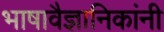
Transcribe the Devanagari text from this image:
भाषावैज्ञानिकांनी